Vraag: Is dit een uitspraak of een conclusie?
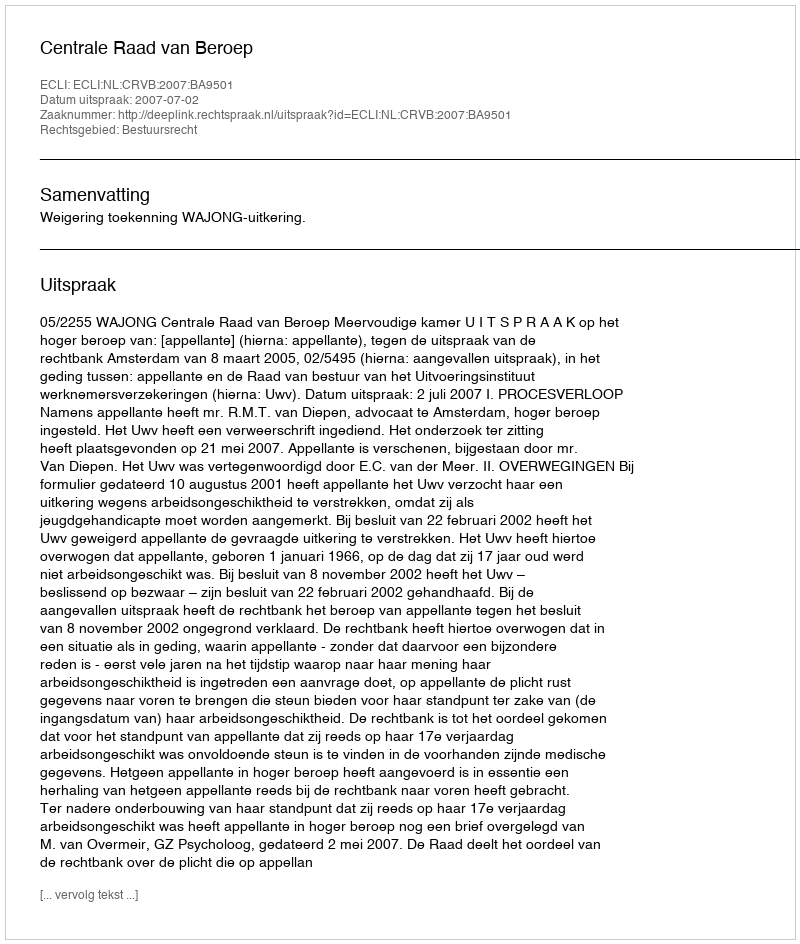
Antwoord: Uitspraak